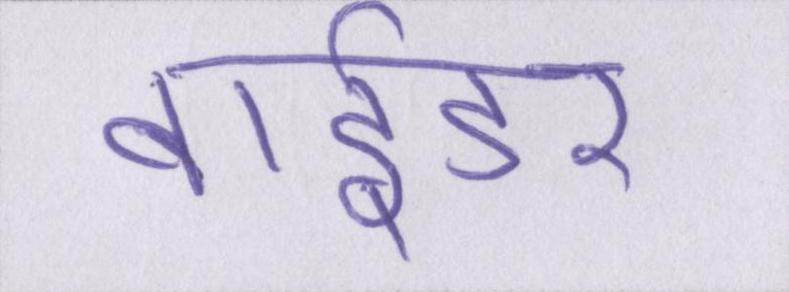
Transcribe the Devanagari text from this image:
बाईडर